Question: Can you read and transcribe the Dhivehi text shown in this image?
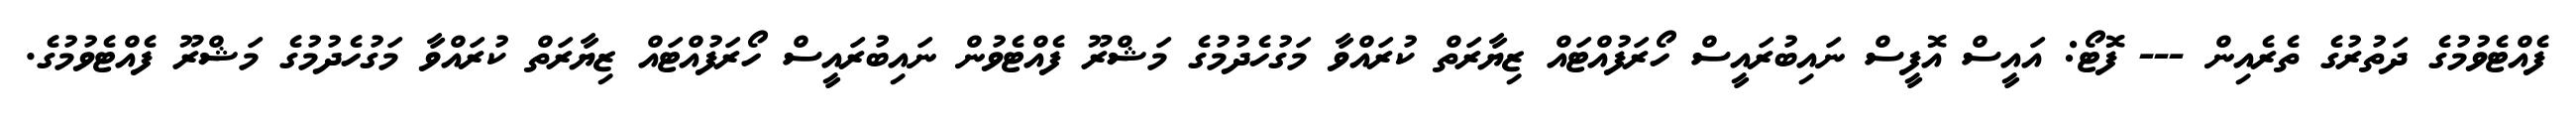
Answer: ފެއްޓެވުމުގެ ދަތުރުގެ ތެރެއިން --- ފޮޓޯ: އައީސް އޮފީސް ނައިބުރައީސް ހޯރަފުއްޓައް ޒިޔާރަތް ކުރައްވާ މަގުހެދުމުގެ މަޝްރޫ ފެއްޓެވުން ނައިބުރައީސް ހޯރަފުއްޓައް ޒިޔާރަތް ކުރައްވާ މަގުހެދުމުގެ މަޝްރޫ ފެއްޓެވުމުގެ.